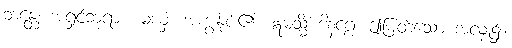
ဘန္တေ၊ အရှင်ဘုရား။ မယှံ၊ အကျွန်ုပ်၏။ ဣမသ္မိံ ဒါနဂ္ဂေ၊ ဤမြတ်သော အလှူ၌။